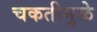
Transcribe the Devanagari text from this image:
चकतीमुळे